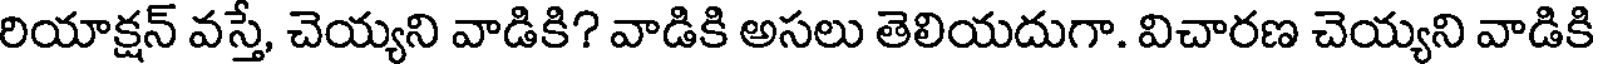
రియాక్షన్ వస్తే, చెయ్యని వాడికి? వాడికి అసలు తెలియదుగా. విచారణ చెయ్యని వాడికి